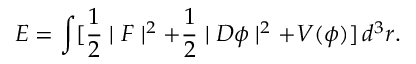
E = \int [ \frac { 1 } { 2 } \mid { \cal F } \mid ^ { 2 } + \frac { 1 } { 2 } \mid { \cal D } \phi \mid ^ { 2 } + V ( \phi ) ] \, d ^ { 3 } r .